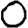
Digit: 0